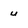
Character: u